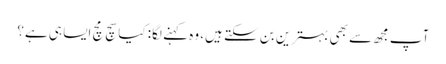
آپ مجھ سے بھی بہترین بن سکتے ہیں، وہ کہنے لگا: کیا سچ مچ ایسا ہی ہے؟